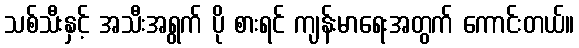
သစ်သီးနှင့် အသီးအရွက် ပို စားရင် ကျန်းမာရေးအတွက် ကောင်းတယ်။